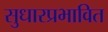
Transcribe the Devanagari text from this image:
सुधारप्रभावित